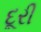
દૂરી